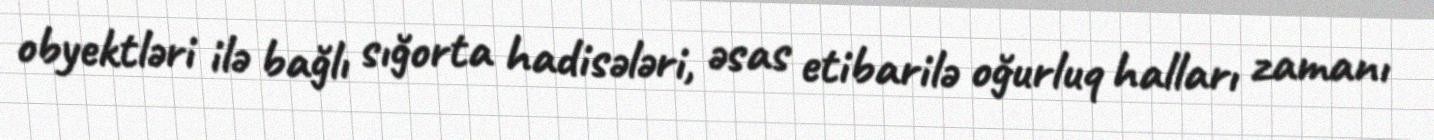
obyektləri ilə bağlı sığorta hadisələri, əsas etibarilə oğurluq halları zamanı